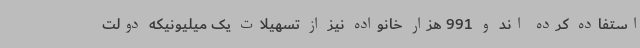
استفاده کرده اند و 991 هزار خانواده نیز از تسهیلات یک میلیونیکه دولت